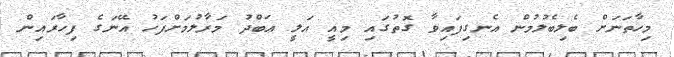
މިހާތަނަށް ބެލިބެލުމުން އެނގިފައިވާ ގޮތުގައި މިއީ އަލީ ޢަބްދު މަރާލުމަށްފަހު އޭނަގެ ފިހާރައިން